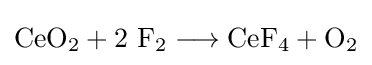
\mathrm {CeO_{2}+2\ F_{2}\longrightarrow CeF_{4}+O_{2}}